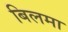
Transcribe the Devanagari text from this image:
बिलमा